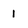
Character: 1